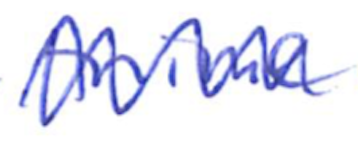
Text: Anime
Cross-out: zig-zag
Writing tool: ballpoint